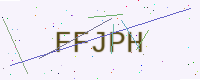
Text: FFJPH